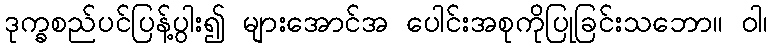
ဒုက္ခစည်ပင်ပြန့်ပွါး၍ များအောင်အ ပေါင်းအစုကိုပြုခြင်းသဘော။ ဝါ၊